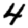
Digit: 4